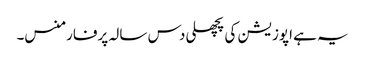
یہ ہے اپوزیشن کی پچھلی دس سالہ پرفارمنس۔